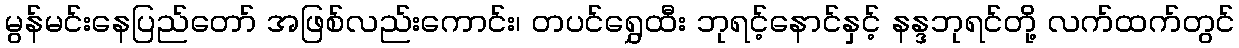
မွန်မင်းနေပြည်တော် အဖြစ်လည်းကောင်း၊ တပင်ရွှေထီး ဘုရင့်နောင်နှင့် နန္ဒဘုရင်တို့ လက်ထက်တွင်